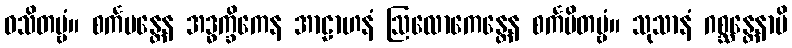
ဝသိတဗ္ဗံ။ စင်္ကမန္တေန အဒ္ဓက္ခိကေန အာဠာဟနံ ဩလောကေန္တေန စင်္ကမိတဗ္ဗံ။ သုသာနံ ဂစ္ဆန္တေနာပိ